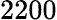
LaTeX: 2200